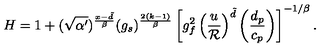
H = 1 + ( \sqrt { \alpha ^ { \prime } } ) ^ { { \frac { x - \tilde { d } } { \beta } } } ( g _ { s } ) ^ { { \frac { 2 ( k - 1 ) } { \beta } } } \left[ g _ { f } ^ { 2 } \left( { \frac { u } { \cal R } } \right) ^ { \tilde { d } } \left( { \frac { d _ { p } } { c _ { p } } } \right) \right] ^ { - 1 / \beta } .